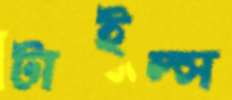
টাইল্স